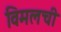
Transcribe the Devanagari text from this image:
विमलची